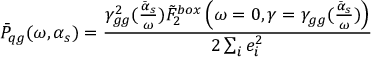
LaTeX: \bar { P } _ { q g } ( \omega , \alpha _ { s } ) = { \frac { \gamma _ { g g } ^ { 2 } ( { \frac { \bar { \alpha } _ { s } } { \omega } } ) \tilde { F } _ { 2 } ^ { b o x } \left( \omega = 0 , \gamma = \gamma _ { g g } ( { \frac { \bar { \alpha } _ { s } } { \omega } } ) \right) } { 2 \sum _ { i } e _ { i } ^ { 2 } } }